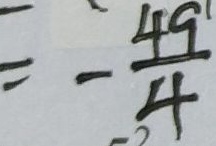
= - \frac { 4 9 } { 4 }